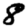
Digit: 8